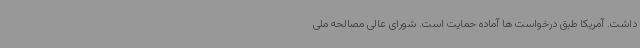
داشت. آمریکا طبق درخواست ها آماده حمایت است. شورای عالی مصالحه ملی